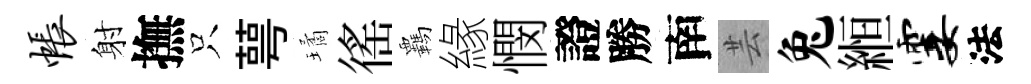
帐射撫只萼璚徭覊緣憫證勝南芸兔縆霎法